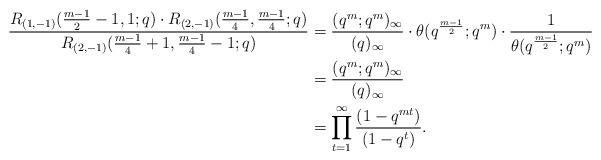
LaTeX: \begin{align*}\frac{R_{(1,-1)}(\frac{m-1}{2}-1, 1;q)\cdot R_{(2,-1)}(\frac{m-1}{4},\frac{m-1}{4};q)}{R_{(2,-1)}(\frac{m-1}{4}+1,\frac{m-1}{4}-1;q)} &= \frac{(q^m;q^m)_\infty}{(q)_\infty} \cdot \theta(q^{\frac{m-1}{2}};q^m) \cdot \frac{1}{\theta(q^\frac{m-1}{2};q^m)}\\&= \frac{(q^m;q^m)_\infty}{(q)_\infty}\\&= \prod_{t=1}^\infty \frac{(1-q^{mt})}{(1-q^t)}.\end{align*}